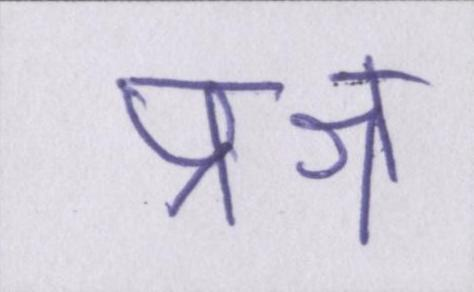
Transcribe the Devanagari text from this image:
प्रश्न